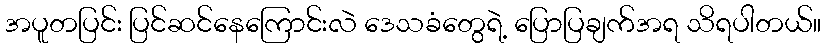
အပူတပြင်း ပြင်ဆင်နေကြောင်းလဲ ဒေသခံတွေရဲ့ ပြောပြချက်အရ သိရပါတယ်။